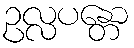
ဥလ္လပန္တော